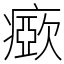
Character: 𤺘